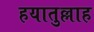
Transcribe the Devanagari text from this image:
हयातुल्लाह